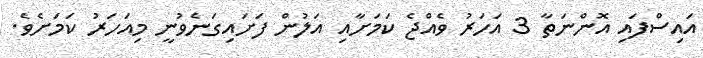
އައިސްފައި އޮންނަތާ 3 އަހަރު ވެއްޖެ ކަމަށާއި އަލުން ފަށައިގަނެވުނީ މިއަހަރު ކަމަށެވެ.